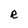
Character: R